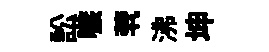
訟嗾茕沸坤